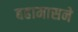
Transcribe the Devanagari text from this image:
बहामासने